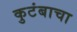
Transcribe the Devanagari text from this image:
कुटंबाचा